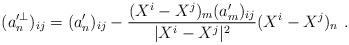
LaTeX: \begin{align*}(a^{\prime\perp}_n)_{ij}=(a'_n)_{ij}-\frac{(X^i-X^j)_m(a'_m)_{ij}}{|X^i-X^j|^2}(X^i-X^j)_n\ .\end{align*}